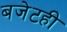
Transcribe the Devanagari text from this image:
बजेटही